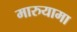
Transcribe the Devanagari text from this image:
मारुयामा